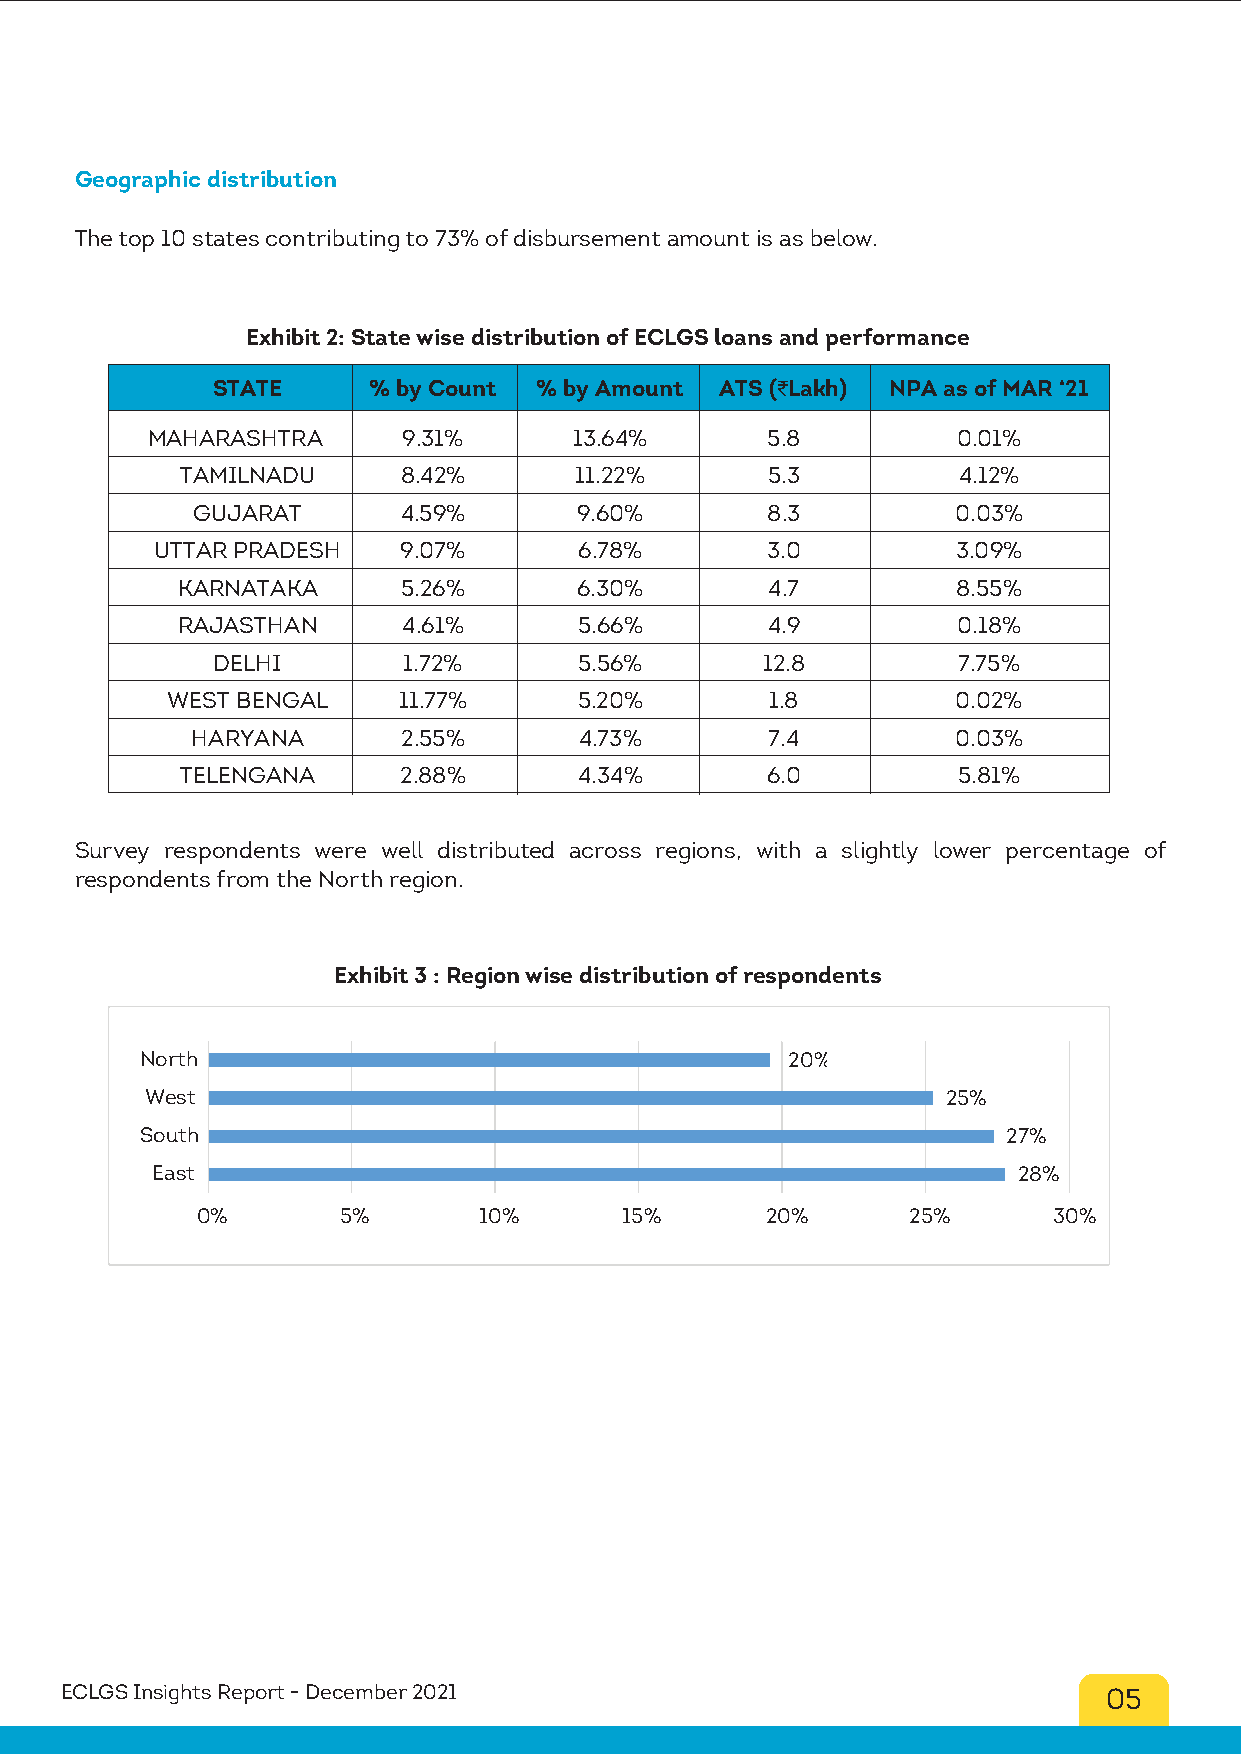
Geographic distribution
 The top 10 states contributing to 73% of disbursement amount is as below.
 Exhibit 2: State wise distribution of ECLGS loans and performance
 STATE     % by Count  % by Amount ATS (₹Lakh) NPA as of MAR ‘21
 MAHARASHTRA      9.31%      13.64%       5.8         0.01%
 TAMILNADU      8.42%      11.22%       5.3         4.12%
 GUJARAT      4.59%       9.60%        8.3         0.03%
 UTTAR PRADESH   9.07%       6.78%        3.0         3.09%
 KARNATAKA      5.26%      6.30%        4.7         8.55%
 RAJASTHAN      4.61%      5.66%        4.9         0.18%
 DELHI        1.72%      5.56%       12.8         7.75%
 WEST BENGAL    11.77%      5.20%        1.8         0.02%
 HARYANA       2.55%      4.73%        7.4         0.03%
 TELENGANA     2.88%       4.34%        6.0         5.81%
 Survey respondents were well distributed across regions, with a slightly lower percentage of
 respondents from the North region.
 Exhibit 3 : Region wise distribution of respondents
 North                                      20%
 West                                                 25%
 South                                                     27%
 East                                                     28%
 0%       5%        10%      15%       20%      25%       30%
 ECLGS Insights Report - December 2021                                05